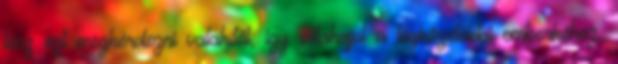
lesz ezt megkérdezni valakitől, így odahajol a legközelebbi emberkéhez,